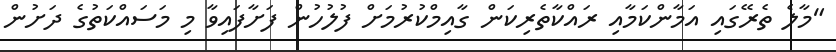
"މާލެ ތެރޭގައި އަމާންކަމާއި ރައްކާތެރިކަން ގާއިމްކުރުމަށް ފުލުހުން ފަށާފައިވާ މި މަސައްކަތުގެ ދަށުން